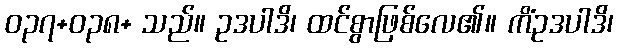
ဝ၃၇+ဝ၃၈+ သည်။ ဥဒပါဒိ၊ ထင်စွာဖြစ်လေ၏။ ကိံဥဒပါဒိ၊